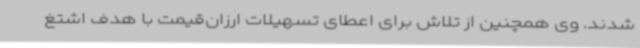
شدند. وی همچنین از تلاش برای اعطای تسهیلات ارزان‌قیمت با هدف اشتغ